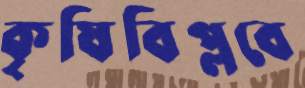
কৃষিবিপ্লবে